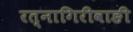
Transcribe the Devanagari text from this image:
रत्‍नागिरीवाङी